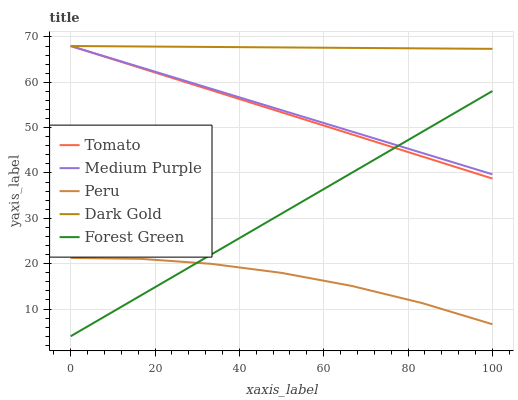
| xaxis_label | Tomato | Medium Purple | Peru | Dark Gold | Forest Green |
 | --- | --- | --- | --- | --- | --- |
 | 0 | 68 | 68 | 21.3 | 68 | 4 |
 | 16.7 | 63.1 | 63.3 | 21.1 | 67.9 | 13 |
 | 33.3 | 58.3 | 58.6 | 20 | 67.8 | 22 |
 | 50 | 53.4 | 53.9 | 18 | 67.7 | 31 |
 | 66.7 | 48.5 | 49.1 | 15.1 | 67.6 | 40 |
 | 83.3 | 43.6 | 44.4 | 11.3 | 67.5 | 49.1 |
 | 100 | 38.8 | 39.7 | 6.65 | 67.4 | 58.1 |